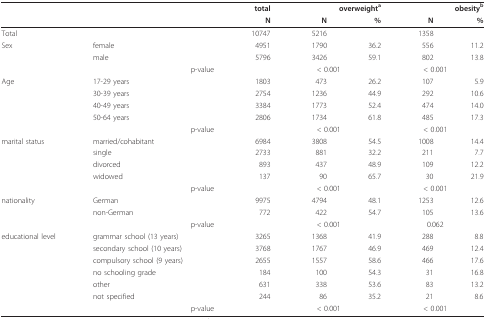
<table><thead><tr><td></td><td></td><td><b>total</b></td><td colspan="2"><b>overweight<sup>a</sup></b></td><td colspan="2"><b>obesity<sup>b</sup></b></td></tr><tr><td></td><td></td><td><b>N</b></td><td><b>N</b></td><td><b>%</b></td><td><b>N</b></td><td><b>%</b></td></tr></thead><tbody><tr><td>Total</td><td></td><td>10747</td><td>5216</td><td></td><td>1358</td><td></td></tr><tr><td>Sex</td><td>female</td><td>4951</td><td>1790</td><td>36.2</td><td>556</td><td>11.2</td></tr><tr><td></td><td>male</td><td>5796</td><td>3426</td><td>59.1</td><td>802</td><td>13.8</td></tr><tr><td></td><td>p-value</td><td></td><td colspan="2">&lt; 0.001</td><td colspan="2">&lt; 0.001</td></tr><tr><td>Age</td><td>17-29 years</td><td>1803</td><td>473</td><td>26.2</td><td>107</td><td>5.9</td></tr><tr><td></td><td>30-39 years</td><td>2754</td><td>1236</td><td>44.9</td><td>292</td><td>10.6</td></tr><tr><td></td><td>40-49 years</td><td>3384</td><td>1773</td><td>52.4</td><td>474</td><td>14.0</td></tr><tr><td></td><td>50-64 years</td><td>2806</td><td>1734</td><td>61.8</td><td>485</td><td>17.3</td></tr><tr><td></td><td>p-value</td><td></td><td colspan="2">&lt; 0.001</td><td colspan="2">&lt; 0.001</td></tr><tr><td>marital status</td><td>married/cohabitant</td><td>6984</td><td>3808</td><td>54.5</td><td>1008</td><td>14.4</td></tr><tr><td></td><td>single</td><td>2733</td><td>881</td><td>32.2</td><td>211</td><td>7.7</td></tr><tr><td></td><td>divorced</td><td>893</td><td>437</td><td>48.9</td><td>109</td><td>12.2</td></tr><tr><td></td><td>widowed</td><td>137</td><td>90</td><td>65.7</td><td>30</td><td>21.9</td></tr><tr><td></td><td>p-value</td><td></td><td colspan="2">&lt; 0.001</td><td colspan="2">&lt; 0.001</td></tr><tr><td>nationality</td><td>German</td><td>9975</td><td>4794</td><td>48.1</td><td>1253</td><td>12.6</td></tr><tr><td></td><td>non-German</td><td>772</td><td>422</td><td>54.7</td><td>105</td><td>13.6</td></tr><tr><td></td><td>p-value</td><td></td><td colspan="2">&lt; 0.001</td><td colspan="2">0.062</td></tr><tr><td>educational level</td><td>grammar school (13 years)</td><td>3265</td><td>1368</td><td>41.9</td><td>288</td><td>8.8</td></tr><tr><td></td><td>secondary school (10 years)</td><td>3768</td><td>1767</td><td>46.9</td><td>469</td><td>12.4</td></tr><tr><td></td><td>compulsory school (9 years)</td><td>2655</td><td>1557</td><td>58.6</td><td>466</td><td>17.6</td></tr><tr><td></td><td>no schooling grade</td><td>184</td><td>100</td><td>54.3</td><td>31</td><td>16.8</td></tr><tr><td></td><td>other</td><td>631</td><td>338</td><td>53.6</td><td>83</td><td>13.2</td></tr><tr><td></td><td>not specified</td><td>244</td><td>86</td><td>35.2</td><td>21</td><td>8.6</td></tr><tr><td></td><td>p-value</td><td></td><td colspan="2">&lt; 0.001</td><td colspan="2">&lt; 0.001</td></tr></tbody></table>